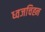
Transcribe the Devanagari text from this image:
ध्वजचिह्न